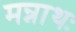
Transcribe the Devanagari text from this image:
मन्नाथः